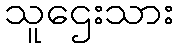
သူဌေးသား